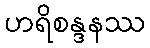
ဟရိစန္ဒနဿ